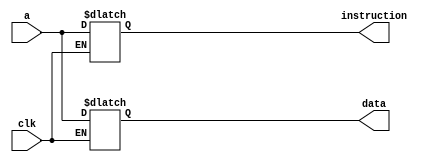
/*  * Module: decoder1x2.v  
* Project: milestone 2  
jannah soliman- jannahsoliman9@aucegypt.edu
* Description: decoder to be placed after the memory
*  
* Change history: 10/4/23 -  implemented the decoder

               
*  **********************************************************************/


module decoder1x2(input clk, input[31:0] a, output reg [31:0] instruction , output reg [31:0] data);
    
    always@(*) begin
    
    if (clk)begin instruction = a;
    //data=0;
    end
    else begin data = a;
    end
  
    end 
    
endmodule